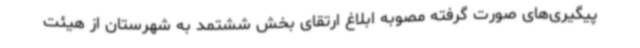
پیگیری‌های صورت گرفته مصوبه ابلاغ ارتقای بخش ششتمد به شهرستان از هیئت